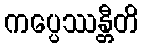
ကပ္ပေဿန္တီတိ